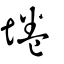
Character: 埢